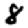
Digit: 8